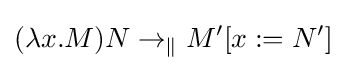
(\lambda x.M)N\rightarrow _{\|}M'[x:=N']